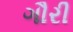
ગૌરી